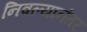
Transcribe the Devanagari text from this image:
निवल्यानंतर